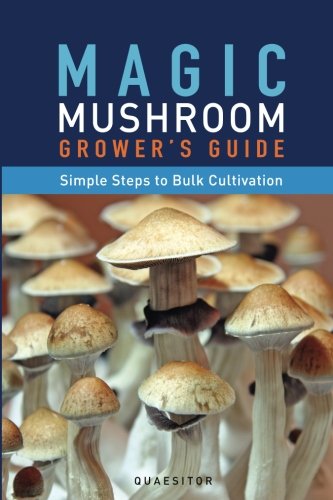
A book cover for Magic Mushroom Grower's Guide Simple Steps to Bulk Cultivation; Principium Quaesitor; Crafts, Hobbies & Home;